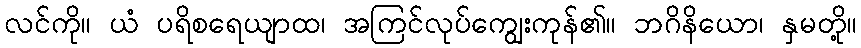
လင်ကို။ ယံ ပရိစရေယျာထ၊ အကြင်လုပ်ကျွေးကုန်၏။ ဘဂိနိယော၊ နှမတို့။